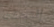
إلتحقت